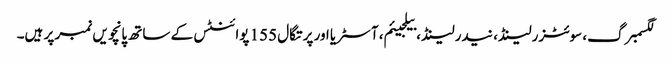
لگسمبرگ، سوئٹزرلینڈ، نیدرلینڈ، بیلجیئم، آسٹریا اور پرتگال 155 پوائنٹس کے ساتھ پانچویں نمبر پر ہیں۔